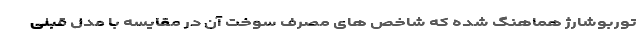
توربوشارژ هماهنگ شده که شاخص های مصرف سوخت آن در مقایسه با مدل قبلی